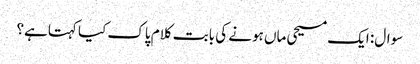
سوال: ایک مسیحی ماں ہونے کی بابت کلام پاک کیا کہتاہے؟